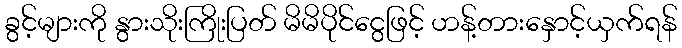
ခွင့်များကို နွားသိုးကြိုးပြတ် မိမိပိုင်ငွေဖြင့် ဟန့်တားနှောင့်ယှက်ရန်